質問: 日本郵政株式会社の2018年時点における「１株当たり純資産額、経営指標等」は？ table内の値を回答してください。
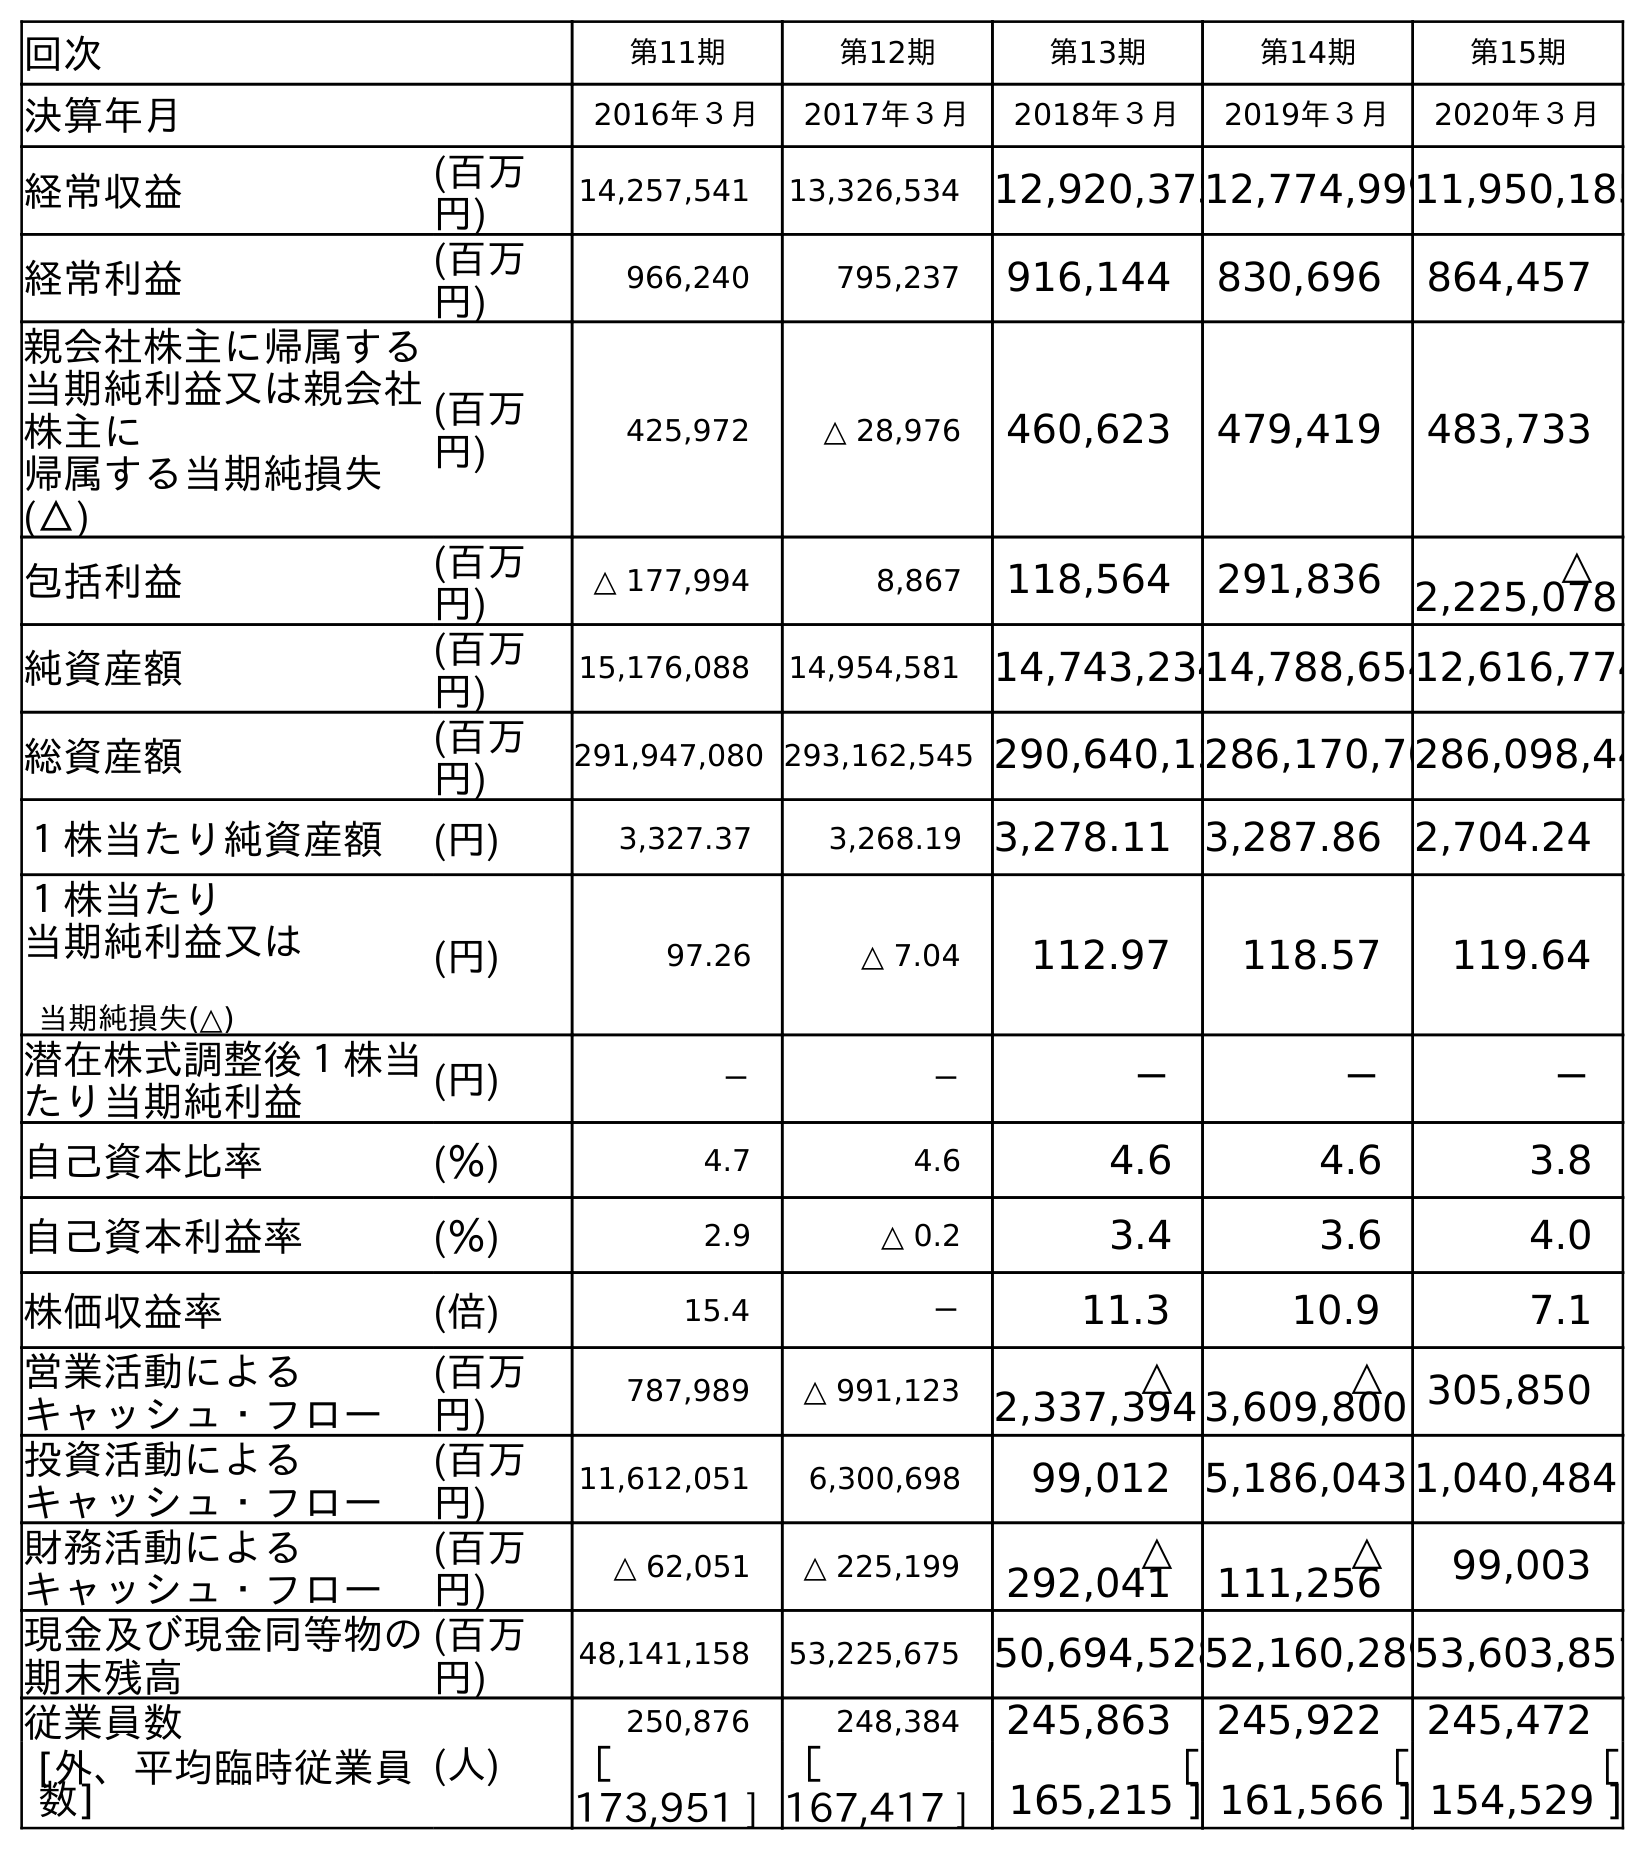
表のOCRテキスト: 回次 第11期 第12期 第13期 第14期 第15期 決算年月 2016年３月 2017年３月 2018年３月 2019年３月 2020年３月 経常収益 (百万 円) 14,257,541 13,326,534 12,920,37512,774,99911,950,185 経常利益 (百万 円) 966,240 795,237 916,144 830,696 864,457 親会社株主に帰属する 当期純利益又は親会社 株主に 帰属する当期純損失 (△) (百万 円) 425,972 △ 28,976 460,623 479,419 483,733 包括利益 (百万 円) △ 177,994 8,867 118,564 291,836 △ 2,225,078 純資産額 (百万 円) 15,176,088 14,954,581 14,743,23414,788,65412,616,774 総資産額 (百万 円) 291,947,080 293,162,545 290,640,15286,170,70286,098,44 １株当たり純資産額 (円) 3,327.37 3,268.19 3,278.11 3,287.86 2,704.24 １株当たり 当期純利益又は 当期純損失(△) (円) 97.26 △ 7.04 112.97 118.57 119.64 潜在株式調整後１株当 たり当期純利益 (円) － － － － － 自己資本比率 (％) 4.7 4.6 4.6 4.6 3.8 自己資本利益率 (％) 2.9 △ 0.2 3.4 3.6 4.0 株価収益率 (倍) 15.4 － 11.3 10.9 7.1 営業活動による キャッシュ・フロー (百万 円) 787,989 △ 991,123 △ 2,337,394 △ 3,609,800 305,850 投資活動による キャッシュ・フロー (百万 円) 11,612,051 6,300,698 99,012 5,186,043 1,040,484 財務活動による キャッシュ・フロー (百万 円) △ 62,051 △ 225,199 △ 292,041 △ 111,256 99,003 現金及び現金同等物の 期末残高 (百万 円) 48,141,158 53,225,675 50,694,52852,160,28953,603,857 従業員数 (人) 250,876 248,384 245,863 245,922 245,472 [外、平均臨時従業員 数] ［ 173,951 ] ［ 167,417 ] ［ 165,215 ] ［ 161,566 ] ［ 154,529 ]
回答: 3,278.11